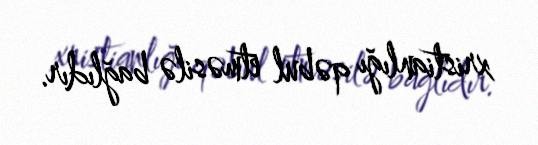
xristianlığı qəbul etməsilə bağlıdır.